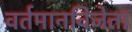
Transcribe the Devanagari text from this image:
वर्तमानविजेता